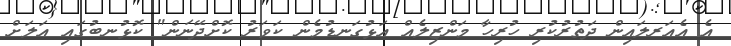
އެ އެއަރލައިން ދަތުރުކުރި ހުރިހާ މަންޒިލެއް އަޅުގަނޑުމެން ކަވަރު ކޮށްދޭނަން" ކޮޅުނބުގައި އަލަށް